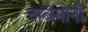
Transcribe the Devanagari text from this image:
नाबेमोनो